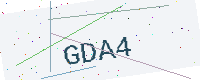
Text: GDA4